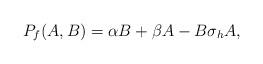
LaTeX: \begin{align*}P_f(A,B)=\alpha B+\beta A-B\sigma_hA,\end{align*}